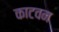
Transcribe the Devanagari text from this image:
काटवन